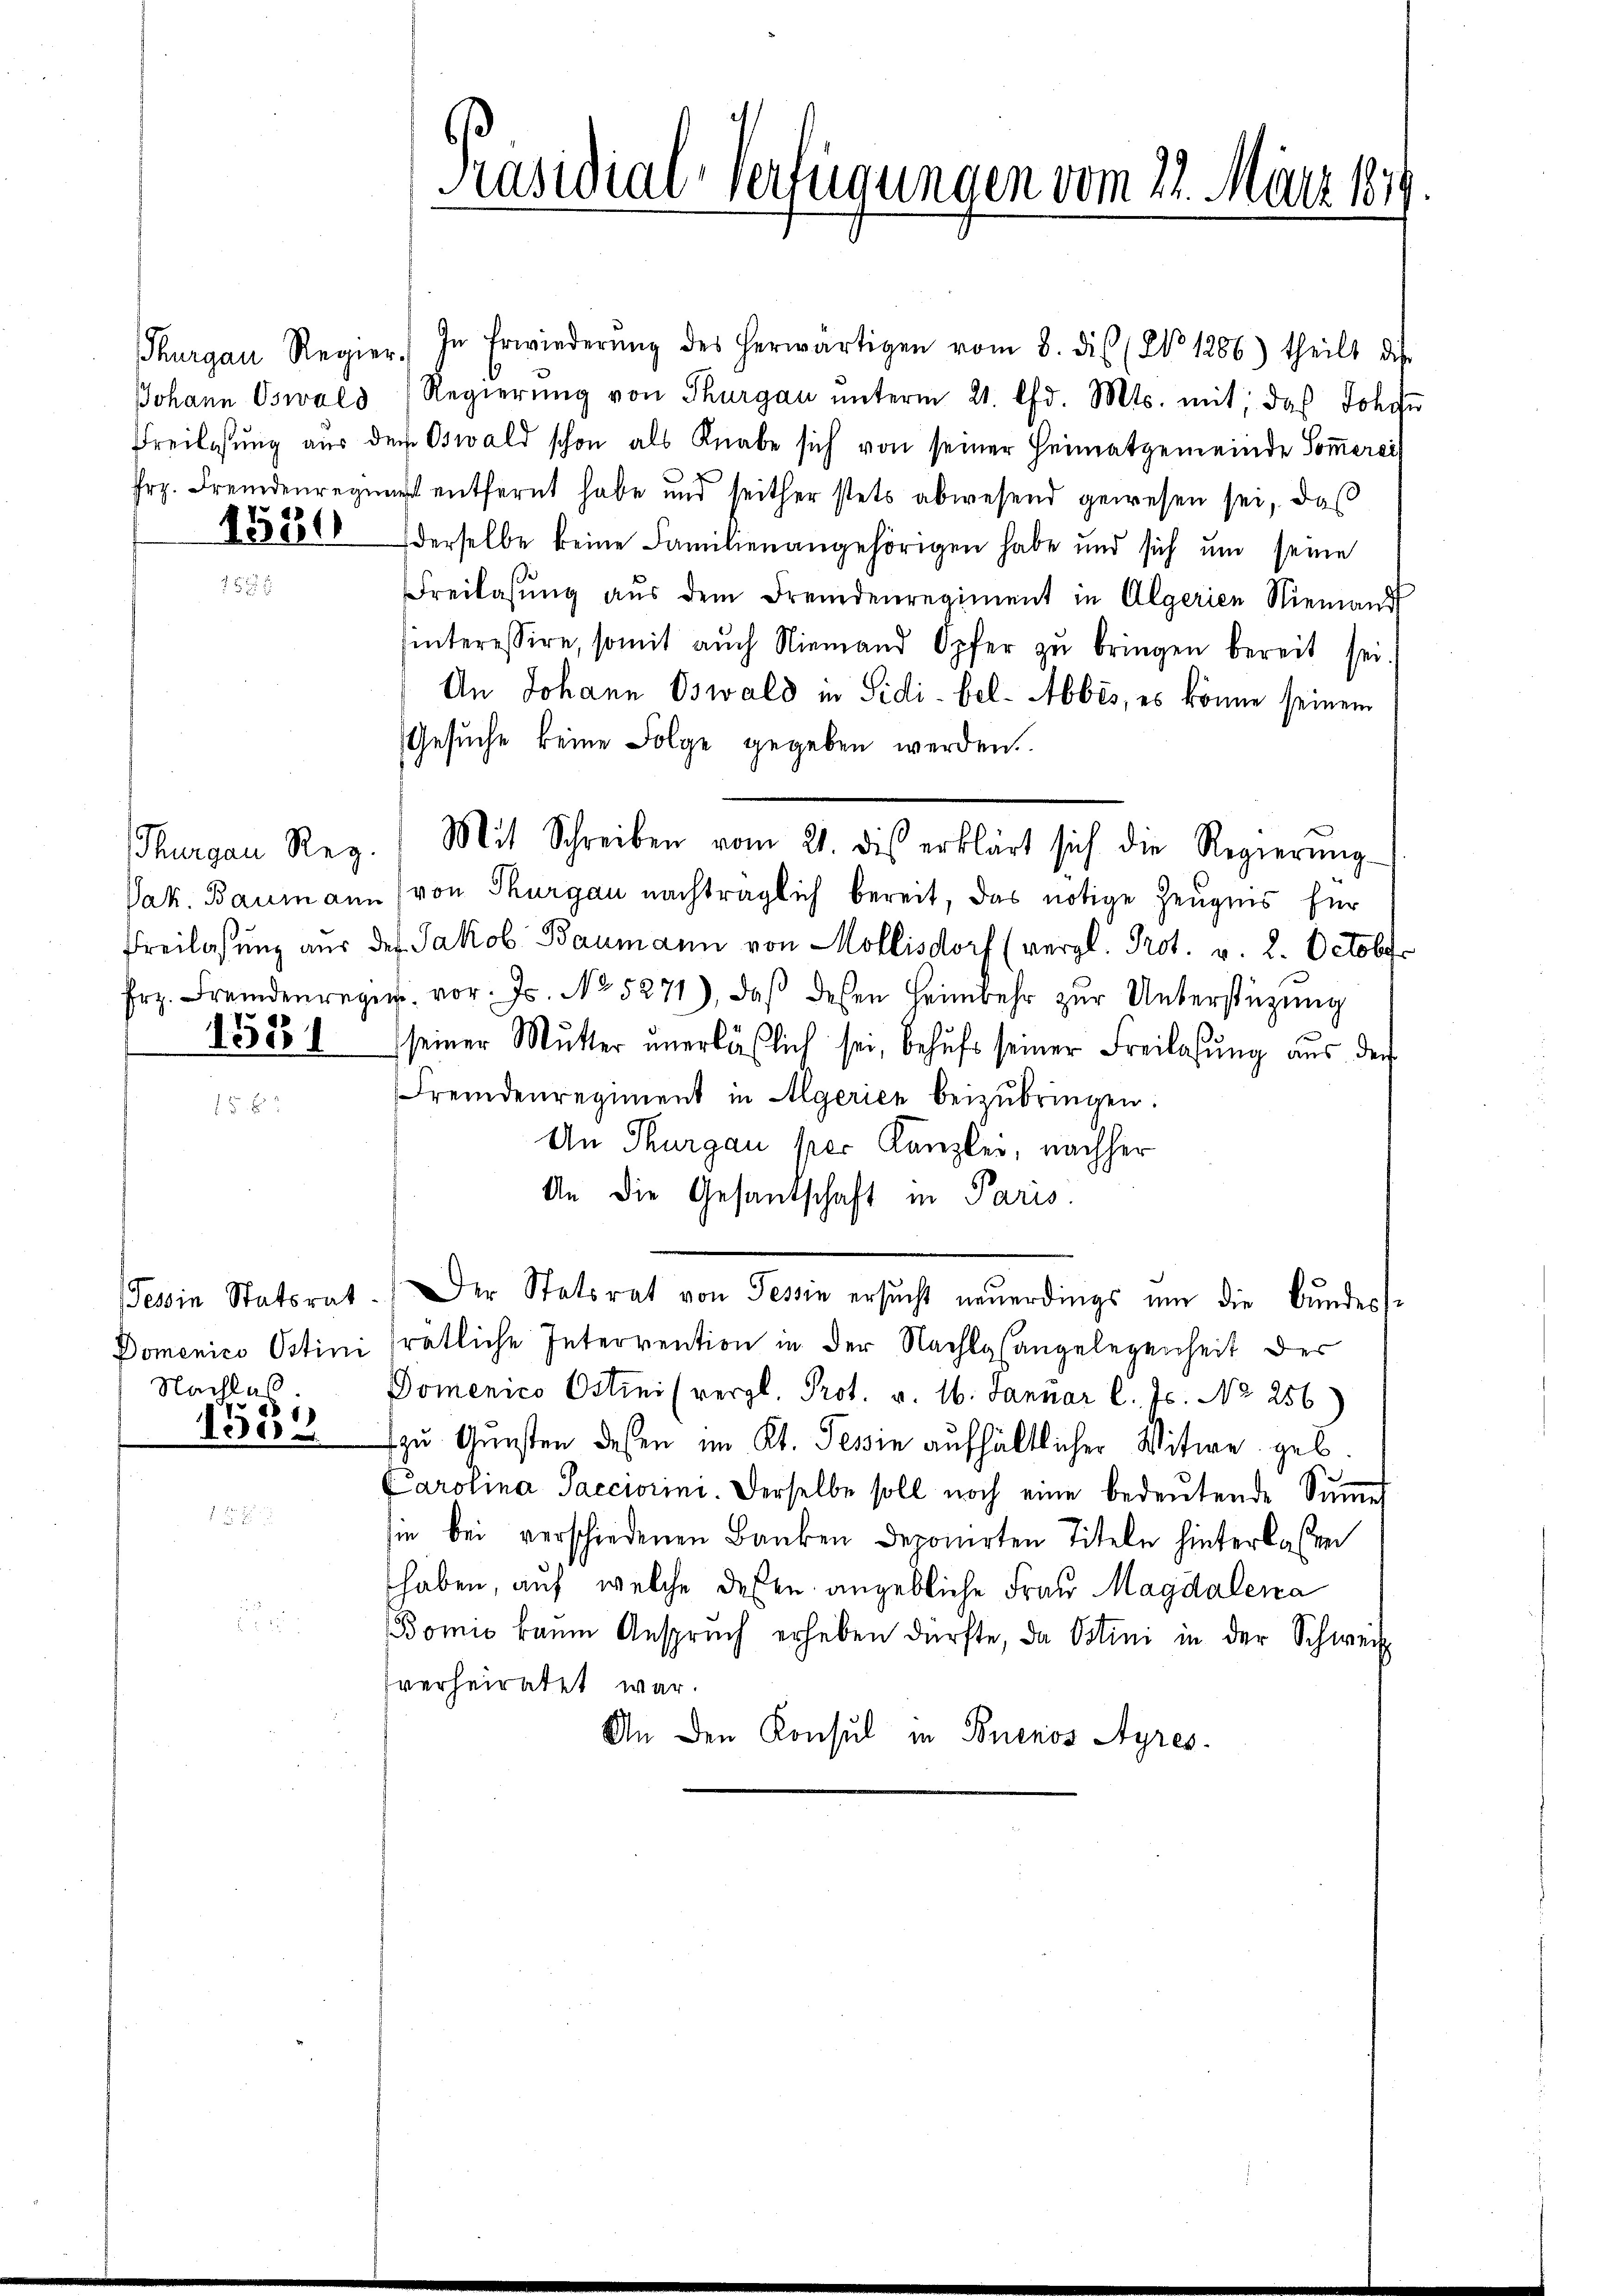
1530

153

Nachlas

Thurgau Regier. In Erwiederŭng des herwärtigen vom 8. dis (No 1286) theilt dis
Johann Oswald Regierŭng von Thurgau ŭnterm 21. d. Mts. mit, das Johan
Freilassŭng aus dem Oswald schon als Knabe sich von seiner Heimatgemeinde Soṁerai
frz. Fremdenregung entfernt habe und seither stets abwesend gewesen sei, daβ
derselbe keine Familienangehörigen habe und sich um seine
Freilassung aus dem Fremdenregiment in Algerien Niemandt
hinteressire, somit aŭch Niemand Opfer zŭ bringen bereit sei
An Johann Oswald in Sidi-bel- Abbes, es könne seinem
Gesuche keine Folge gegeben werden.
Vak. Baumann (von Thurgau nachträglich bereit, das nötige Zeugnis für
Freilassung aus des Jakob Baumann von Mollisdorf (vergl. Prot. v. 2. Octobr
frz. Fremdenreger vor. Js. No 5271), daβ desen Heimkehr zŭr Unterstüzung
seiner Mŭtter ŭnerläßlich sei, behŭfs seiner Freilasŭng aus der
Fremdenregiment in Algerien beizubringen.
An Thurgau per Kanzlei, nachher
An die Gesandschaft in Paris.
Tessin Statsrat. Der Statsrat von Tessin ersŭcht neŭerdings um die Bundes-
Domenico Ostini ratliche Interrention in der Nachlgangelegenheit der
Domenico Ostini (vergl. Prot. v. 16. Januar l. Js. No 256)
15552 zu Gunsten dessen im Kt. Tessin aufhältlicher Witwe geb
Carolina Sacciorini. Derselbe soll noch eine bedeŭtende Summes
sie bei verschiedenen Banken deponirten Titeln hinterlassen
haben, auf welche dessen angebliche Frau Magdalena
Bomis kaum Ansprŭch erheben dürfte, da Ostini in der Schweiz.
sverheiratet war.
An den Konsul in Buenos Ayres¬

Präsidial-Verfügungen vom 22. März 1879.

Thurgau Reg. Mit Schreiben vom 21. dies erklärt sich die Regierŭng